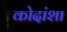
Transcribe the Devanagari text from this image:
कोदांशा